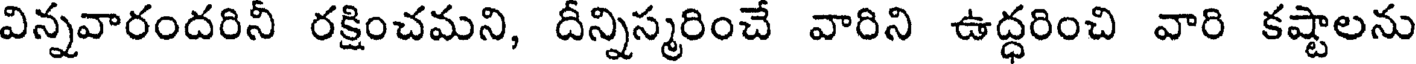
విన్నవారందరినీ రక్షించమని, దీన్నిస్మరించే వారిని ఉద్ధరించి వారి కష్టాలను